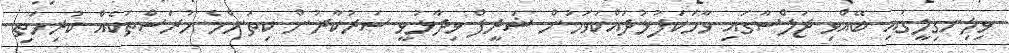
ވިލިނގިލީގައި ބޭއްވި ޖަލްސާގައި ވާހަކަފުޅުދައްކަވަމުން ޝަރީފް ވިދާޅުވީ ސަރުކާރުން ކިތަންމެ ހުރަސްތަކެއް ކުރިމަތި